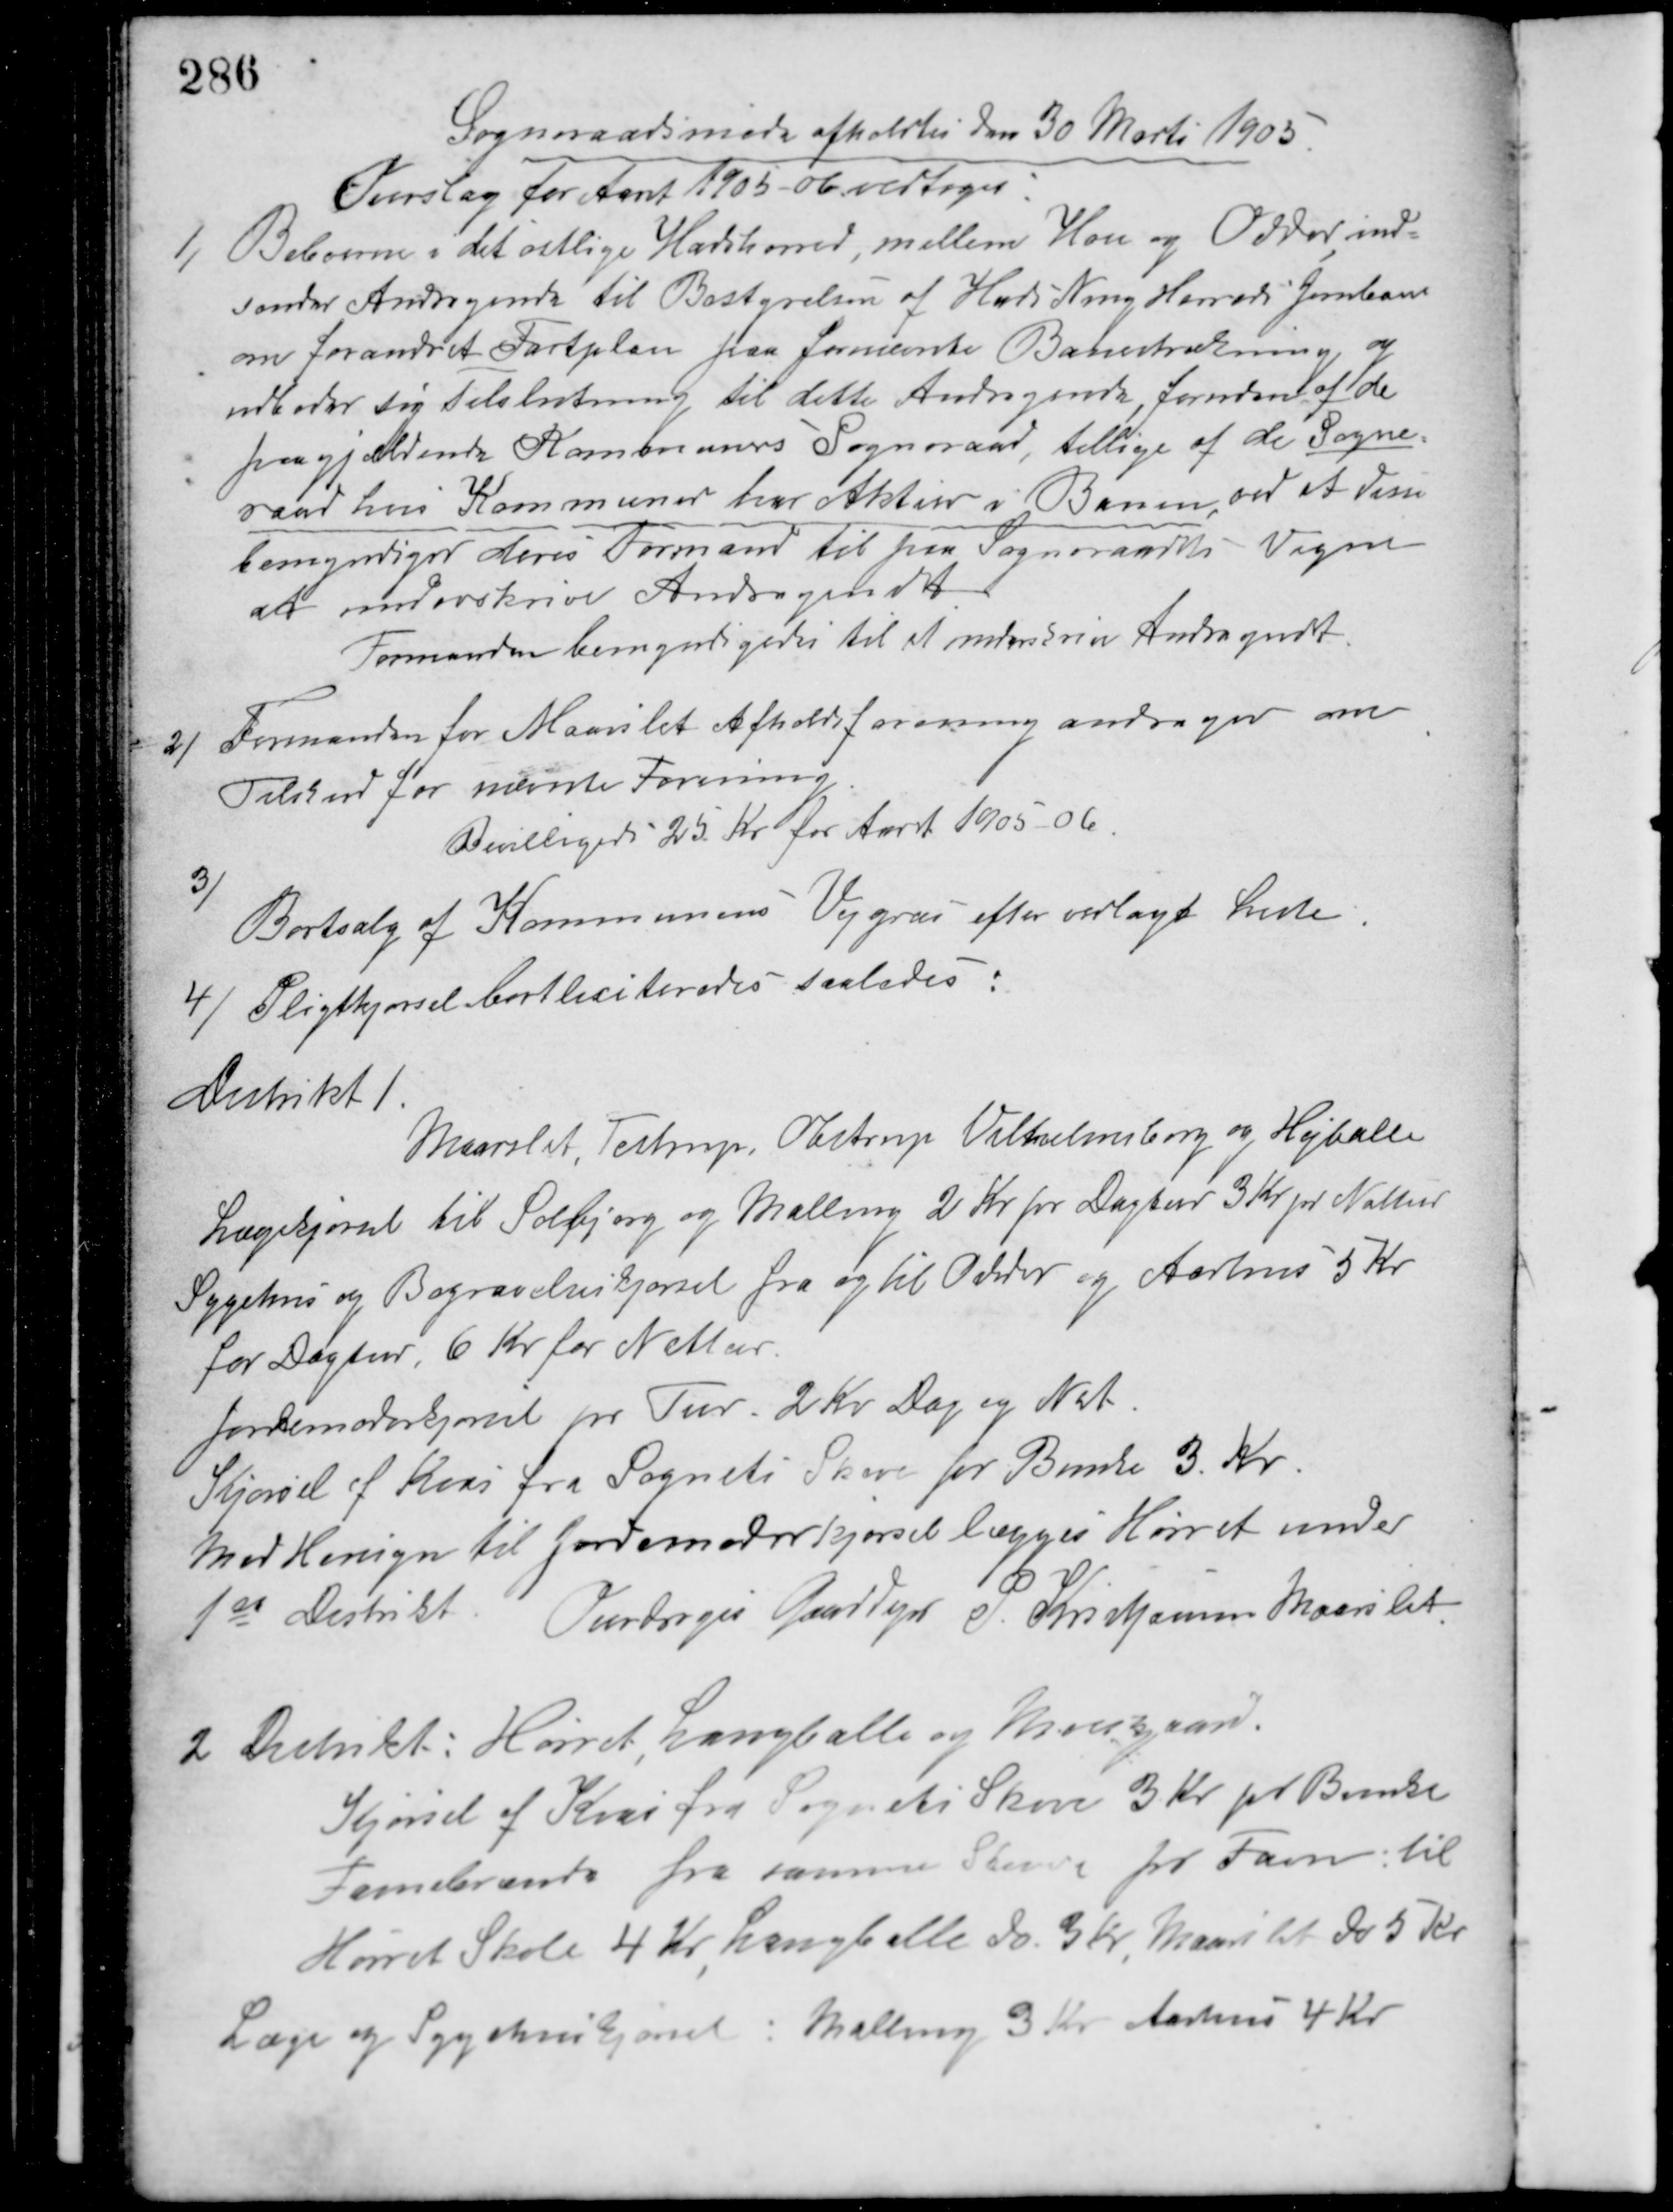
Transskription:
Sogneraadsmøde afholdtes den 30 Marts 1905
Forslag for Aaret 1905-06 vedtoges.
1/ Beboerne i det østlige Hadsherred, mellem Hou og Odder ind-
sender Andragende til Bestyrelsen af Hads Ning Herreds Jernbane
om Forandret Fartplan paa førnævnte Banestrækning og
udbeder sig Tilslutning til dette Andragende foruden af de
paagjældende Kommuners Sogneraad tillige af de Sogne-
raad hvis Kommuner har Aktier i Banen ved at den
bemyndiger deres Formand til paa Sogneraadets Vegne
at underskrive Andragendet.
Formanden bemyndigedes til at underskrive Andragendet.
2/ Formanden for Maarslet Afholdsforening andrager om
Tilskud for nævnte Forening.
Bevilligedes 25 Kr. for Aaret 1905-06.
3/
Bortsalg af Kommunens Vejgræs efter vedlagt Liste.
4/ Pligtkjørsel bortliciteredes saaledes:
Distrikt 1
Maarslet, Testrup, Obstrup, Vilhelmsborg og Højballe.
Lægekjørsel til Solbjerg og Malling 2 Kr. pr. Dagstur 3 Kr. pr. Nattur.
Sygehus og Begravelseskjørsel fra og til Odder og Aarhus 5 Kr.
for Dagtur 6 Kr. for Nattur.
Jordemoderkjørsel pr. Tur 2 Kr. Dag og Nat.
Kjørsel af Kvas fra Sognets Skove pr. Bunke 3 Kr.
Med Hensyn til Jordemoderkjørsel lægges Hørret under
1ste Distrikt.
Overdroges Gaardejer P. Kristiansen Maarslet.
2 Distrikt: Hørret Langballe og Moesgaard.
Kjørsel af Kvas fra Sognets Skove 3 Kr. pr. Bunke.
Favnebrænde fra samme Skove pr. Favn: til
Hørret Skole 4 Kr. Langballe do. 3 Kr. Maarslet do. 5 Kr.
Læge og Sygehuskjørsel: Malling 3 Kr. Aarhus 4 Kr.